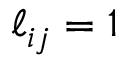
\ell _ { i j } = 1